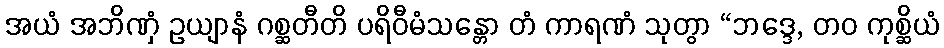
အယံ အဘိဏှံ ဥယျာနံ ဂစ္ဆတီတိ ပရိဝီမံသန္တော တံ ကာရဏံ သုတွာ “ဘဒ္ဒေ, တဝ ကုစ္ဆိယံ